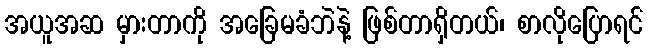
အယူအဆ မှားတာကို အခြေမခံဘဲနဲ့ ဖြစ်တာရှိတယ်၊ စာလိုပြောရင်